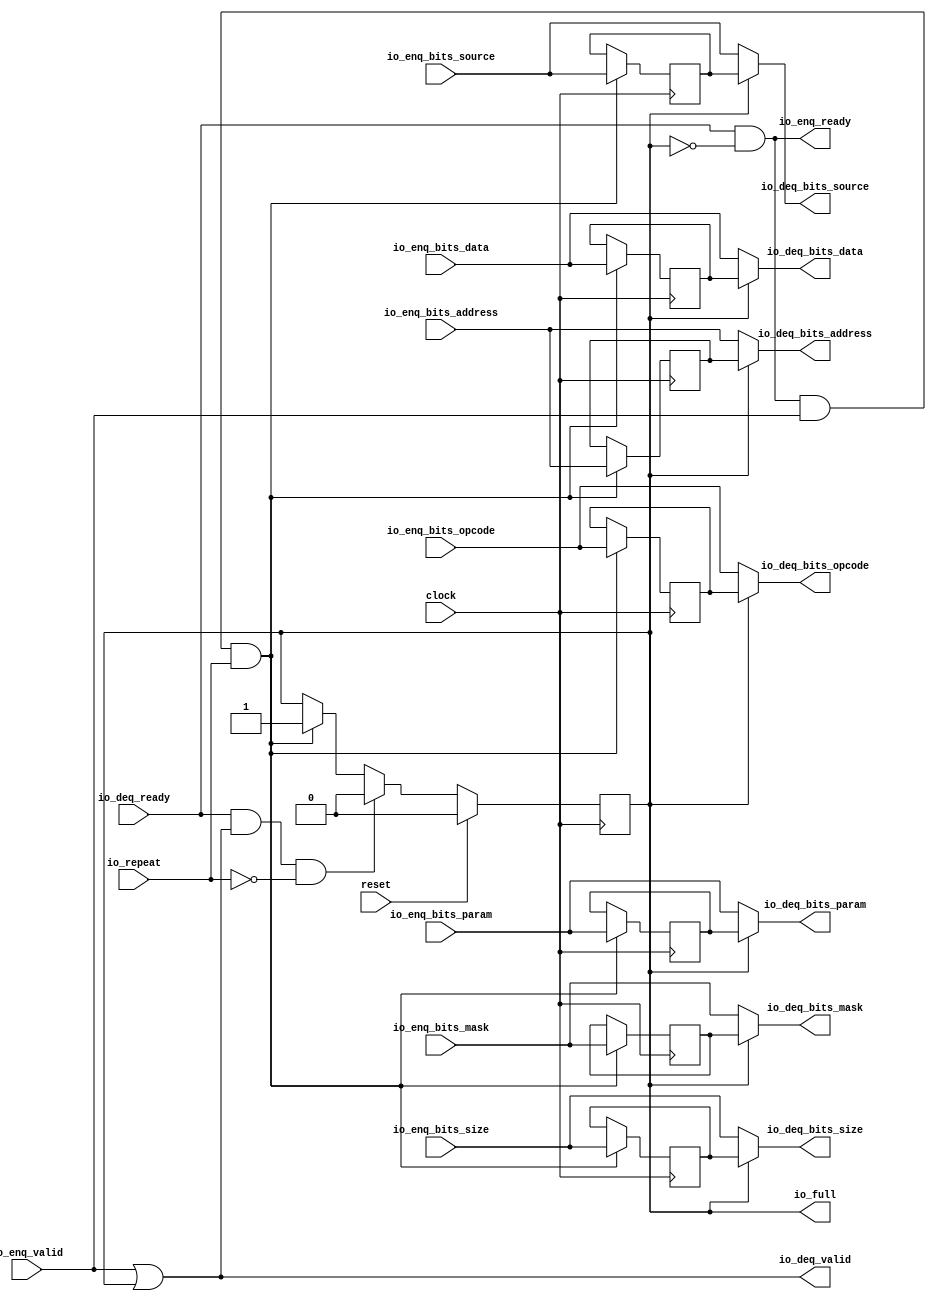
module Repeater_6(
  input   clock,
  input   reset,
  input   io_repeat,
  output  io_full,
  output  io_enq_ready,
  input   io_enq_valid,
  input  [2:0] io_enq_bits_opcode,
  input  [2:0] io_enq_bits_param,
  input  [3:0] io_enq_bits_size,
  input  [5:0] io_enq_bits_source,
  input  [31:0] io_enq_bits_address,
  input  [15:0] io_enq_bits_mask,
  input  [127:0] io_enq_bits_data,
  input   io_deq_ready,
  output  io_deq_valid,
  output [2:0] io_deq_bits_opcode,
  output [2:0] io_deq_bits_param,
  output [3:0] io_deq_bits_size,
  output [5:0] io_deq_bits_source,
  output [31:0] io_deq_bits_address,
  output [15:0] io_deq_bits_mask,
  output [127:0] io_deq_bits_data
);
  reg  full;
  reg [31:0] _GEN_9;
  reg [2:0] saved_opcode;
  reg [31:0] _GEN_10;
  reg [2:0] saved_param;
  reg [31:0] _GEN_11;
  reg [3:0] saved_size;
  reg [31:0] _GEN_12;
  reg [5:0] saved_source;
  reg [31:0] _GEN_13;
  reg [31:0] saved_address;
  reg [31:0] _GEN_14;
  reg [15:0] saved_mask;
  reg [31:0] _GEN_15;
  reg [127:0] saved_data;
  reg [127:0] _GEN_16;
  wire  _T_77;
  wire  _T_79;
  wire  _T_80;
  wire [2:0] _T_81_opcode;
  wire [2:0] _T_81_param;
  wire [3:0] _T_81_size;
  wire [5:0] _T_81_source;
  wire [31:0] _T_81_address;
  wire [15:0] _T_81_mask;
  wire [127:0] _T_81_data;
  wire  _T_89;
  wire  _T_90;
  wire  _GEN_0;
  wire [2:0] _GEN_1;
  wire [2:0] _GEN_2;
  wire [3:0] _GEN_3;
  wire [5:0] _GEN_4;
  wire [31:0] _GEN_5;
  wire [15:0] _GEN_6;
  wire [127:0] _GEN_7;
  wire  _T_92;
  wire  _T_94;
  wire  _T_95;
  wire  _GEN_8;
  assign io_full = full;
  assign io_enq_ready = _T_80;
  assign io_deq_valid = _T_77;
  assign io_deq_bits_opcode = _T_81_opcode;
  assign io_deq_bits_param = _T_81_param;
  assign io_deq_bits_size = _T_81_size;
  assign io_deq_bits_source = _T_81_source;
  assign io_deq_bits_address = _T_81_address;
  assign io_deq_bits_mask = _T_81_mask;
  assign io_deq_bits_data = _T_81_data;
  assign _T_77 = io_enq_valid | full;
  assign _T_79 = full == 1'h0;
  assign _T_80 = io_deq_ready & _T_79;
  assign _T_81_opcode = full ? saved_opcode : io_enq_bits_opcode;
  assign _T_81_param = full ? saved_param : io_enq_bits_param;
  assign _T_81_size = full ? saved_size : io_enq_bits_size;
  assign _T_81_source = full ? saved_source : io_enq_bits_source;
  assign _T_81_address = full ? saved_address : io_enq_bits_address;
  assign _T_81_mask = full ? saved_mask : io_enq_bits_mask;
  assign _T_81_data = full ? saved_data : io_enq_bits_data;
  assign _T_89 = io_enq_ready & io_enq_valid;
  assign _T_90 = _T_89 & io_repeat;
  assign _GEN_0 = _T_90 ? 1'h1 : full;
  assign _GEN_1 = _T_90 ? io_enq_bits_opcode : saved_opcode;
  assign _GEN_2 = _T_90 ? io_enq_bits_param : saved_param;
  assign _GEN_3 = _T_90 ? io_enq_bits_size : saved_size;
  assign _GEN_4 = _T_90 ? io_enq_bits_source : saved_source;
  assign _GEN_5 = _T_90 ? io_enq_bits_address : saved_address;
  assign _GEN_6 = _T_90 ? io_enq_bits_mask : saved_mask;
  assign _GEN_7 = _T_90 ? io_enq_bits_data : saved_data;
  assign _T_92 = io_deq_ready & io_deq_valid;
  assign _T_94 = io_repeat == 1'h0;
  assign _T_95 = _T_92 & _T_94;
  assign _GEN_8 = _T_95 ? 1'h0 : _GEN_0;
`ifdef RANDOMIZE
  integer initvar;
  initial begin
    `ifndef verilator
      #0.002 begin end
    `endif
  `ifdef RANDOMIZE_REG_INIT
  _GEN_9 = {1{$random}};
  full = _GEN_9[0:0];
  `endif
  `ifdef RANDOMIZE_REG_INIT
  _GEN_10 = {1{$random}};
  saved_opcode = _GEN_10[2:0];
  `endif
  `ifdef RANDOMIZE_REG_INIT
  _GEN_11 = {1{$random}};
  saved_param = _GEN_11[2:0];
  `endif
  `ifdef RANDOMIZE_REG_INIT
  _GEN_12 = {1{$random}};
  saved_size = _GEN_12[3:0];
  `endif
  `ifdef RANDOMIZE_REG_INIT
  _GEN_13 = {1{$random}};
  saved_source = _GEN_13[5:0];
  `endif
  `ifdef RANDOMIZE_REG_INIT
  _GEN_14 = {1{$random}};
  saved_address = _GEN_14[31:0];
  `endif
  `ifdef RANDOMIZE_REG_INIT
  _GEN_15 = {1{$random}};
  saved_mask = _GEN_15[15:0];
  `endif
  `ifdef RANDOMIZE_REG_INIT
  _GEN_16 = {4{$random}};
  saved_data = _GEN_16[127:0];
  `endif
  end
`endif
  always @(posedge clock) begin
    if (reset) begin
      full <= 1'h0;
    end else begin
      if (_T_95) begin
        full <= 1'h0;
      end else begin
        if (_T_90) begin
          full <= 1'h1;
        end
      end
    end
    if (_T_90) begin
      saved_opcode <= io_enq_bits_opcode;
    end
    if (_T_90) begin
      saved_param <= io_enq_bits_param;
    end
    if (_T_90) begin
      saved_size <= io_enq_bits_size;
    end
    if (_T_90) begin
      saved_source <= io_enq_bits_source;
    end
    if (_T_90) begin
      saved_address <= io_enq_bits_address;
    end
    if (_T_90) begin
      saved_mask <= io_enq_bits_mask;
    end
    if (_T_90) begin
      saved_data <= io_enq_bits_data;
    end
  end
endmodule